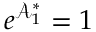
e ^ { \mathcal { A } _ { 1 } ^ { \ast } } = 1